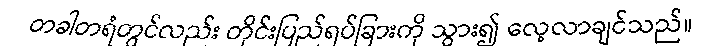
တခါတရံတွင်လည်း တိုင်းပြည်ရပ်ခြားကို သွား၍ လေ့လာချင်သည်။